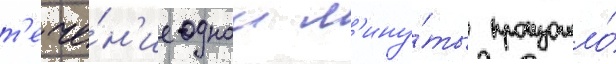
т'ече́н'ие однои м'ину́ты произошло́